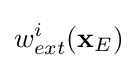
w_{ext}^{i}(\mathbf {x} _{E})